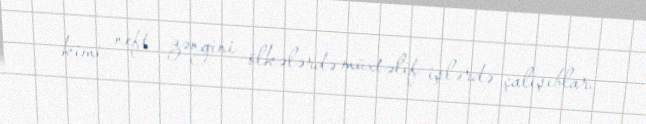
kimi neft zəngini ölkələrdə müxtəlif işlərdə çalışıblar.